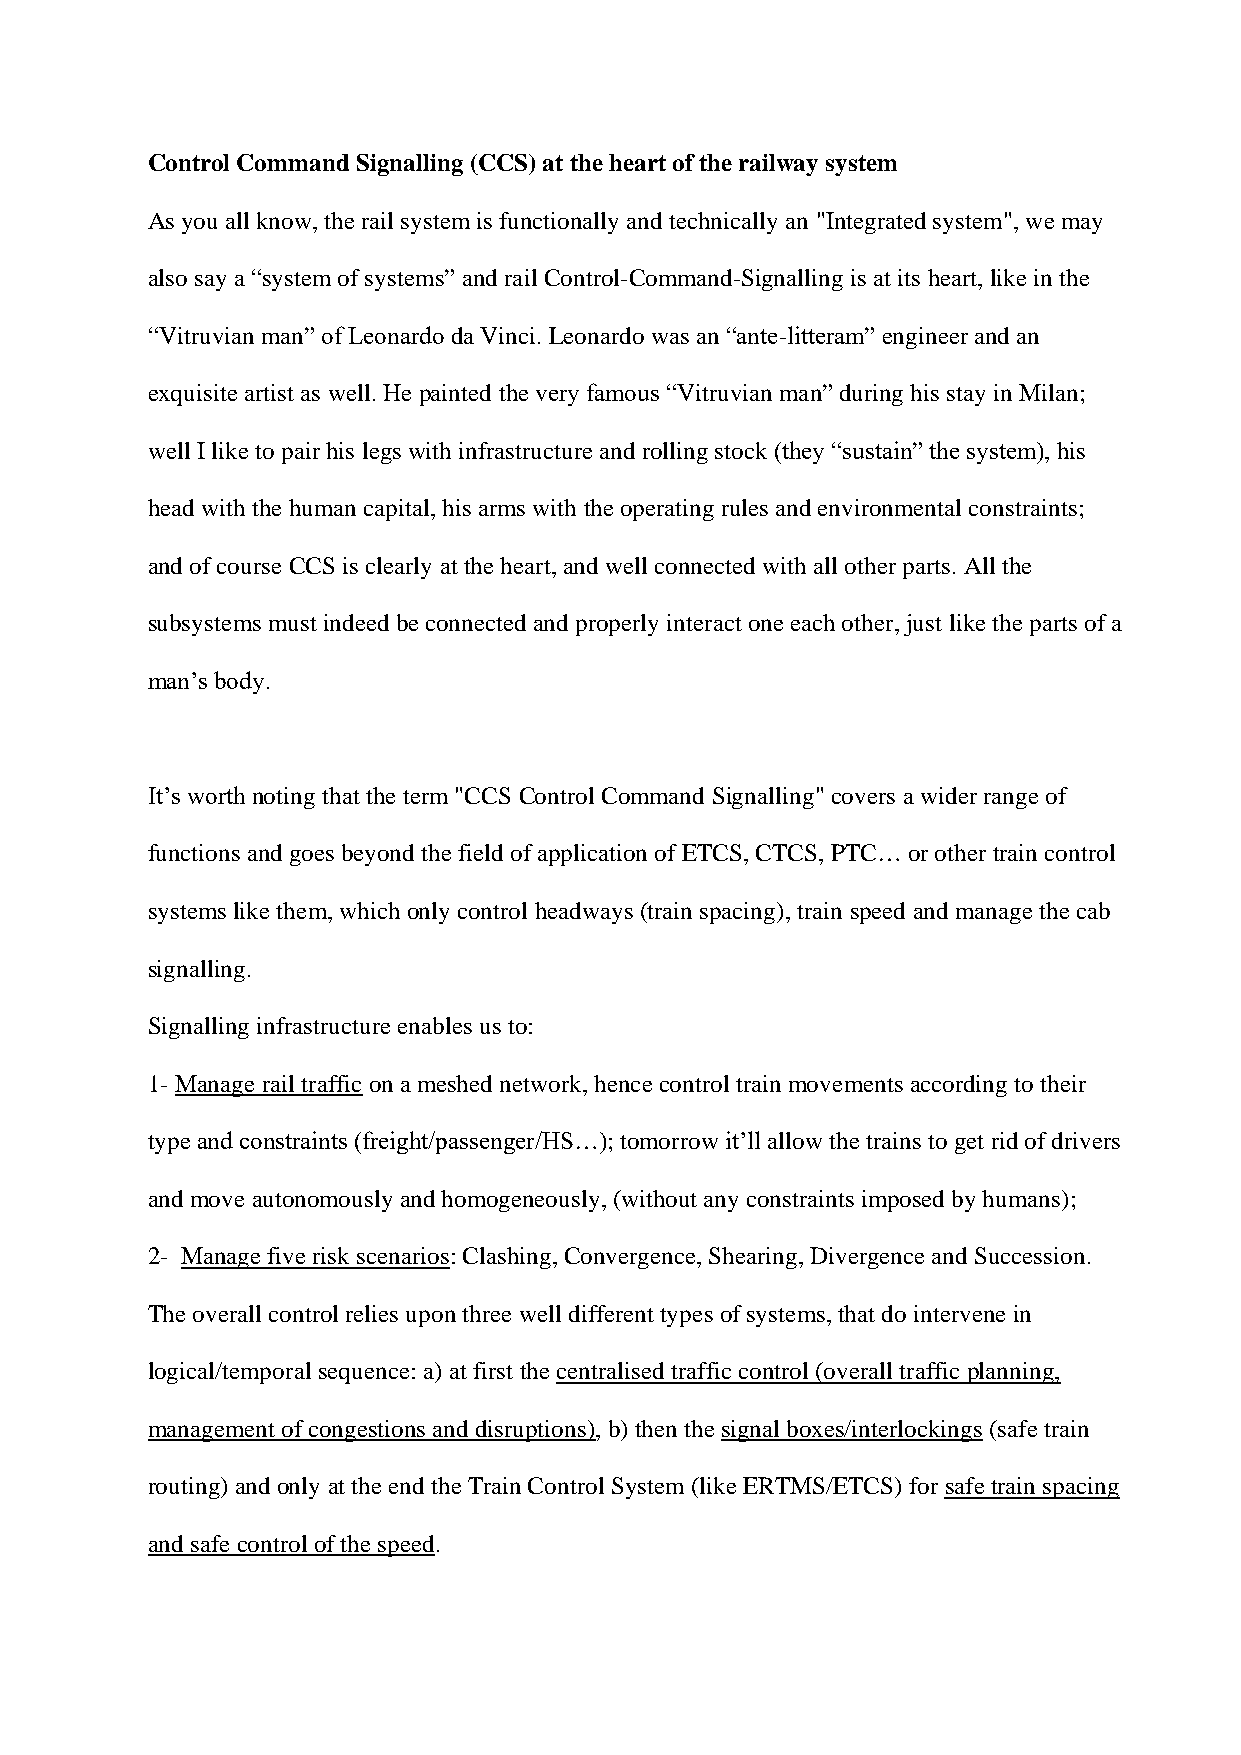
Control Command Signalling (CCS) at the heart of the railway system
 As you all know, the rail system is functionally and technically an "Integrated system", we may
 also say a “system of systems” and rail Control-Command-Signalling is at its heart, like in the
 “Vitruvian man” of Leonardo da Vinci. Leonardo was an “ante-litteram” engineer and an
 exquisite artist as well. He painted the very famous “Vitruvian man” during his stay in Milan;
 well I like to pair his legs with infrastructure and rolling stock (they “sustain” the system), his
 head with the human capital, his arms with the operating rules and environmental constraints;
 and of course CCS is clearly at the heart, and well connected with all other parts. All the
 subsystems must indeed be connected and properly interact one each other, just like the parts of a
 man’s body.
 It’s worth noting that the term "CCS Control Command Signalling" covers a wider range of
 functions and goes beyond the field of application of ETCS, CTCS, PTC… or other train control
 systems like them, which only control headways (train spacing), train speed and manage the cab
 signalling.
 Signalling infrastructure enables us to:
 1- Manage rail traffic on a meshed network, hence control train movements according to their
 type and constraints (freight/passenger/HS…); tomorrow it’ll allow the trains to get rid of drivers
 and move autonomously and homogeneously, (without any constraints imposed by humans);
 2- Manage five risk scenarios: Clashing, Convergence, Shearing, Divergence and Succession.
 The overall control relies upon three well different types of systems, that do intervene in
 logical/temporal sequence: a) at first the centralised traffic control (overall traffic planning,
 management of congestions and disruptions), b) then the signal boxes/interlockings (safe train
 routing) and only at the end the Train Control System (like ERTMS/ETCS) for safe train spacing
 and safe control of the speed.